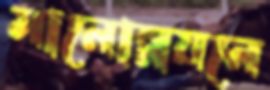
মানোন্নয়নে